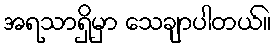
အရသာရှိမှာ သေချာပါတယ်။